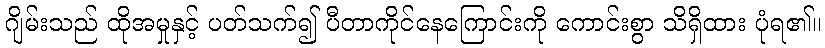
ဂျိမ်းသည် ထိုအမှုနှင့် ပတ်သက်၍ ပီတာကိုင်နေကြောင်းကို ကောင်းစွာ သိရှိထား ပုံရ၏။